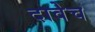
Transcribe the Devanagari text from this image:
दावेच